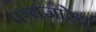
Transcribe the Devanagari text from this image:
पञ्चजारेय